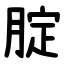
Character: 腚